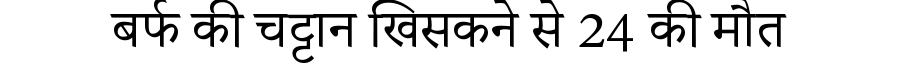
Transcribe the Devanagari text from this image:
बर्फ की चट्टान खिसकने से 24 की मौत